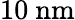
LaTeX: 10\ \mathrm{nm}